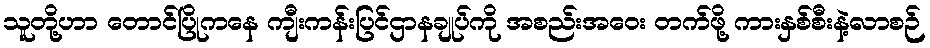
သူတို့ဟာ တောင်ပြိုကနေ ကျီးကန်းပြင်ဌာနချုပ်ကို အစည်းအဝေး တက်ဖို့ ကားနှစ်စီးနဲ့လာစဉ်